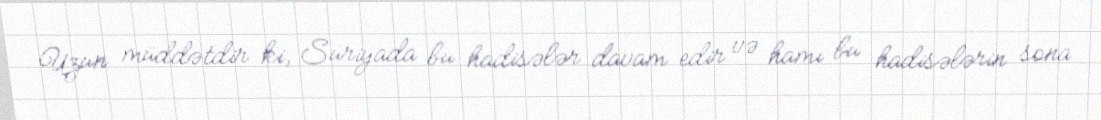
Uzun müddətdir ki, Suriyada bu hadisələr davam edir və hamı bu hadisələrin sona